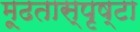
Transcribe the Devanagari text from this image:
मूढतास्पृष्टा